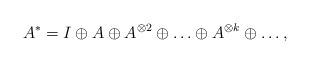
LaTeX: \begin{align*}A^*=I\oplus A\oplus A^{\otimes 2}\oplus\ldots\oplus A^{\otimes k}\oplus\ldots,\end{align*}